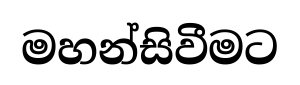
මහන්සිවීමට